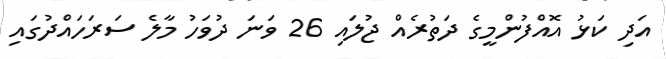
އަދި ކަޅު އޮއްފުންމީގެ ދަތުރެއް ޖުލައި 26 ވަނަ ދުވަހު މާލެ ސަރަހައްދުގައި